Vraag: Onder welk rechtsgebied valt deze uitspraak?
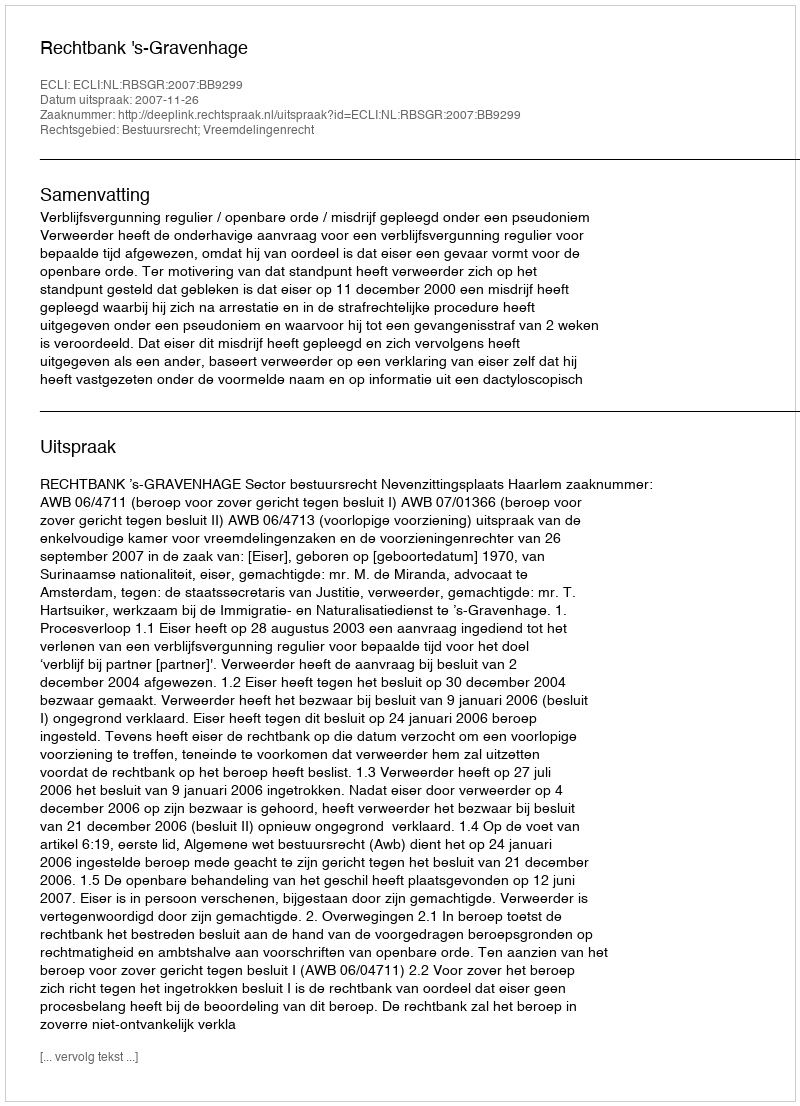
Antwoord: Bestuursrecht; Vreemdelingenrecht